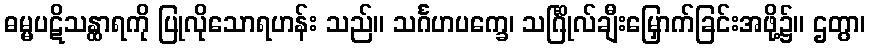
ဓမ္မပဋိသန္ထာရကို ပြုလိုသောရဟန်း သည်။ သင်္ဂဟပက္ခေ၊ သင်္ဂြိုလ်ချီးမြှောက်ခြင်းအဖို့၌။ ဌတွာ၊